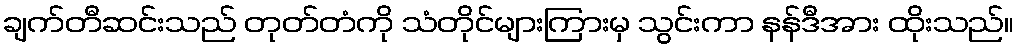
ချက်တီဆင်းသည် တုတ်တံကို သံတိုင်များကြားမှ သွင်းကာ နန်ဒီအား ထိုးသည်။